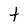
Character: t